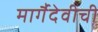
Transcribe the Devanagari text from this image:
मार्गैदेवीची